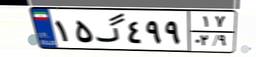
۱۵گ۴۹۹۱۷